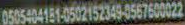
0505404181-0502152349-0567600022